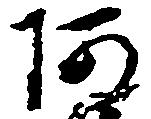
阿